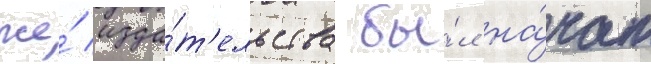
же́ изда́т'ельства бы́л на́чат